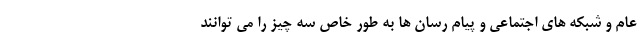
عام و شبکه های اجتماعی و پیام رسان ها به طور خاص سه چیز را می توانند